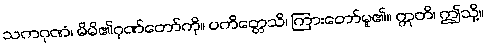
သကဂုဏံ၊ မိမိ၏ဂုဏ်တော်ကို။ ပကိတ္တေသိ၊ ကြားတော်မူ၏။ ဣတိ၊ ဤသို့။